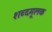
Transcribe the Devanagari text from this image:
शब्दमूलक